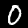
Label: 0